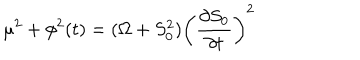
LaTeX: \mu ^ { 2 } + \phi ^ { 2 } ( t ) = ( \Omega + S _ { 0 } ^ { 2 } ) \left( { \frac { \partial S _ { 0 } } { \partial t } } \right) ^ { 2 }